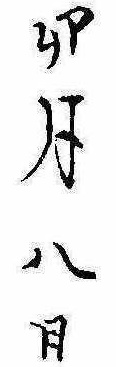
卯月八日